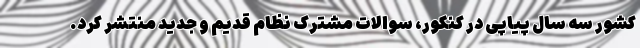
کشور سه سال پیاپی در کنکور، سوالات مشترک نظام قدیم و جدید منتشر کرد.